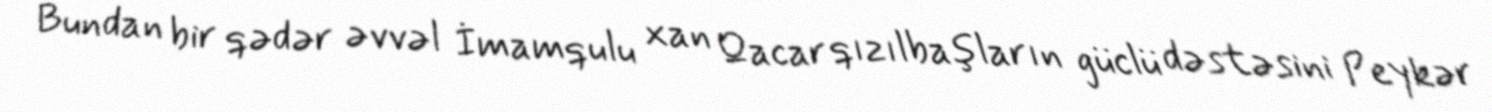
Bundan bir qədər əvvəl İmamqulu xan Qacar qızılbaşların güclü dəstəsini Peykər